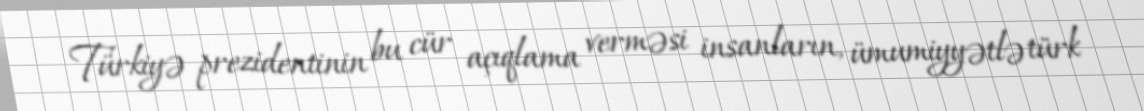
Türkiyə prezidentinin bu cür açıqlama verməsi insanların, ümumiyyətlə türk